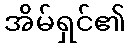
အိမ်ရှင်၏